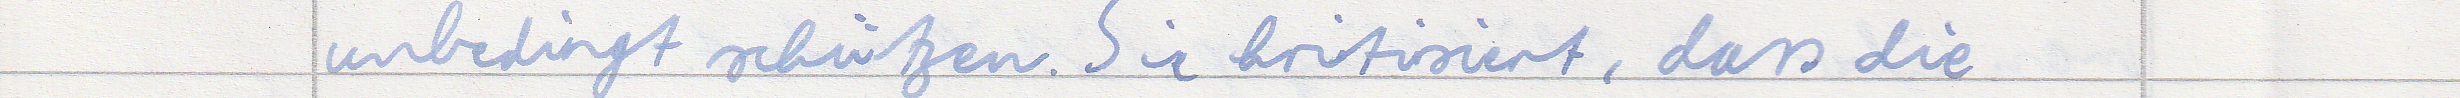
unbedingt schützen. Sie kritisiert, dass die